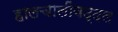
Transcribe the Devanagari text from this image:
हालचालींबद्दल